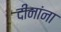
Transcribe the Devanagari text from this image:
दीनांना